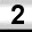
Digit: 2